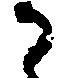
か